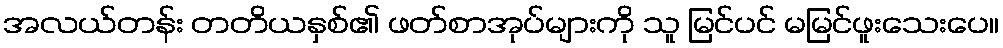
အလယ်တန်း တတိယနှစ်၏ ဖတ်စာအုပ်များကို သူ မြင်ပင် မမြင်ဖူးသေးပေ။